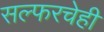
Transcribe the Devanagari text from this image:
सल्फरचेही